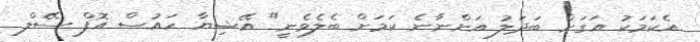
އެކަމަކު އަގަށް ބަދަލު އަންނާނެ ކަމަށް ބެލެވެނީ" އޭޝިޔާ ހައުސް އޮފް ސޭލް